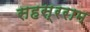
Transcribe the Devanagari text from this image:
सहस्रराम